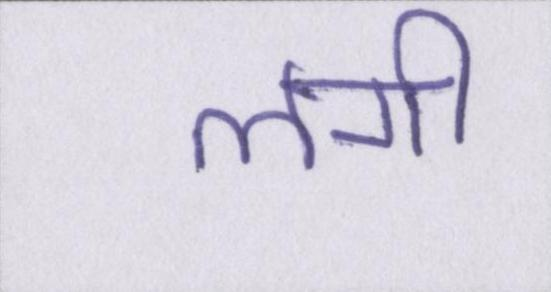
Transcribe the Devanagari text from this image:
लगी